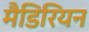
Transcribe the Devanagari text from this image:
मैडिरियन